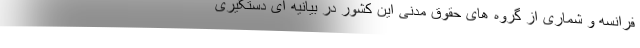
فرانسه و شماری از گروه های حقوق مدنی این کشور در بیانیه ای دستگیری